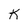
Character: K